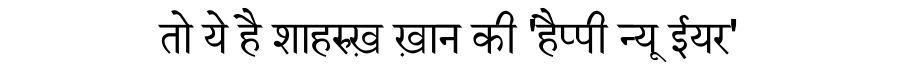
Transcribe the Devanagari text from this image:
तो ये है शाहरुख़ ख़ान की 'हैप्पी न्यू ईयर'